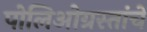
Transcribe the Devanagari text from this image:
पोलिओग्रस्तांचे